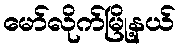
မော်လိုက်မြို့နယ်